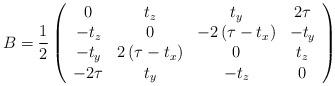
LaTeX: \begin{align*}B=\frac{1}{2}\left(\begin{array}{cccc}0 & t_{z} & t_{y} & 2\tau\\-t_{z} & 0 & -2\left(\tau-t_{x}\right) & -t_{y}\\-t_{y} & 2\left(\tau-t_{x}\right) & 0 & t_{z}\\-2\tau & t_{y} & -t_{z} & 0\end{array}\right)\end{align*}